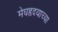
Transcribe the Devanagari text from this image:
मेघहृदयाच्या